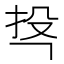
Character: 𭠚